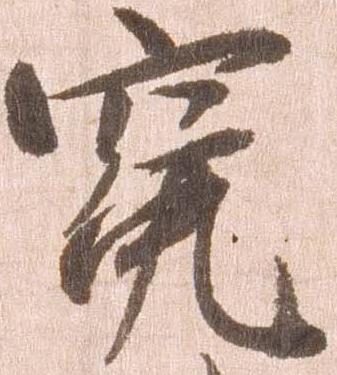
冤